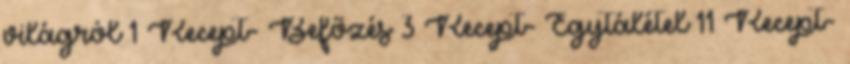
világról 1 Recept- Befőzés 3 Recept- Egytálétel 11 Recept-